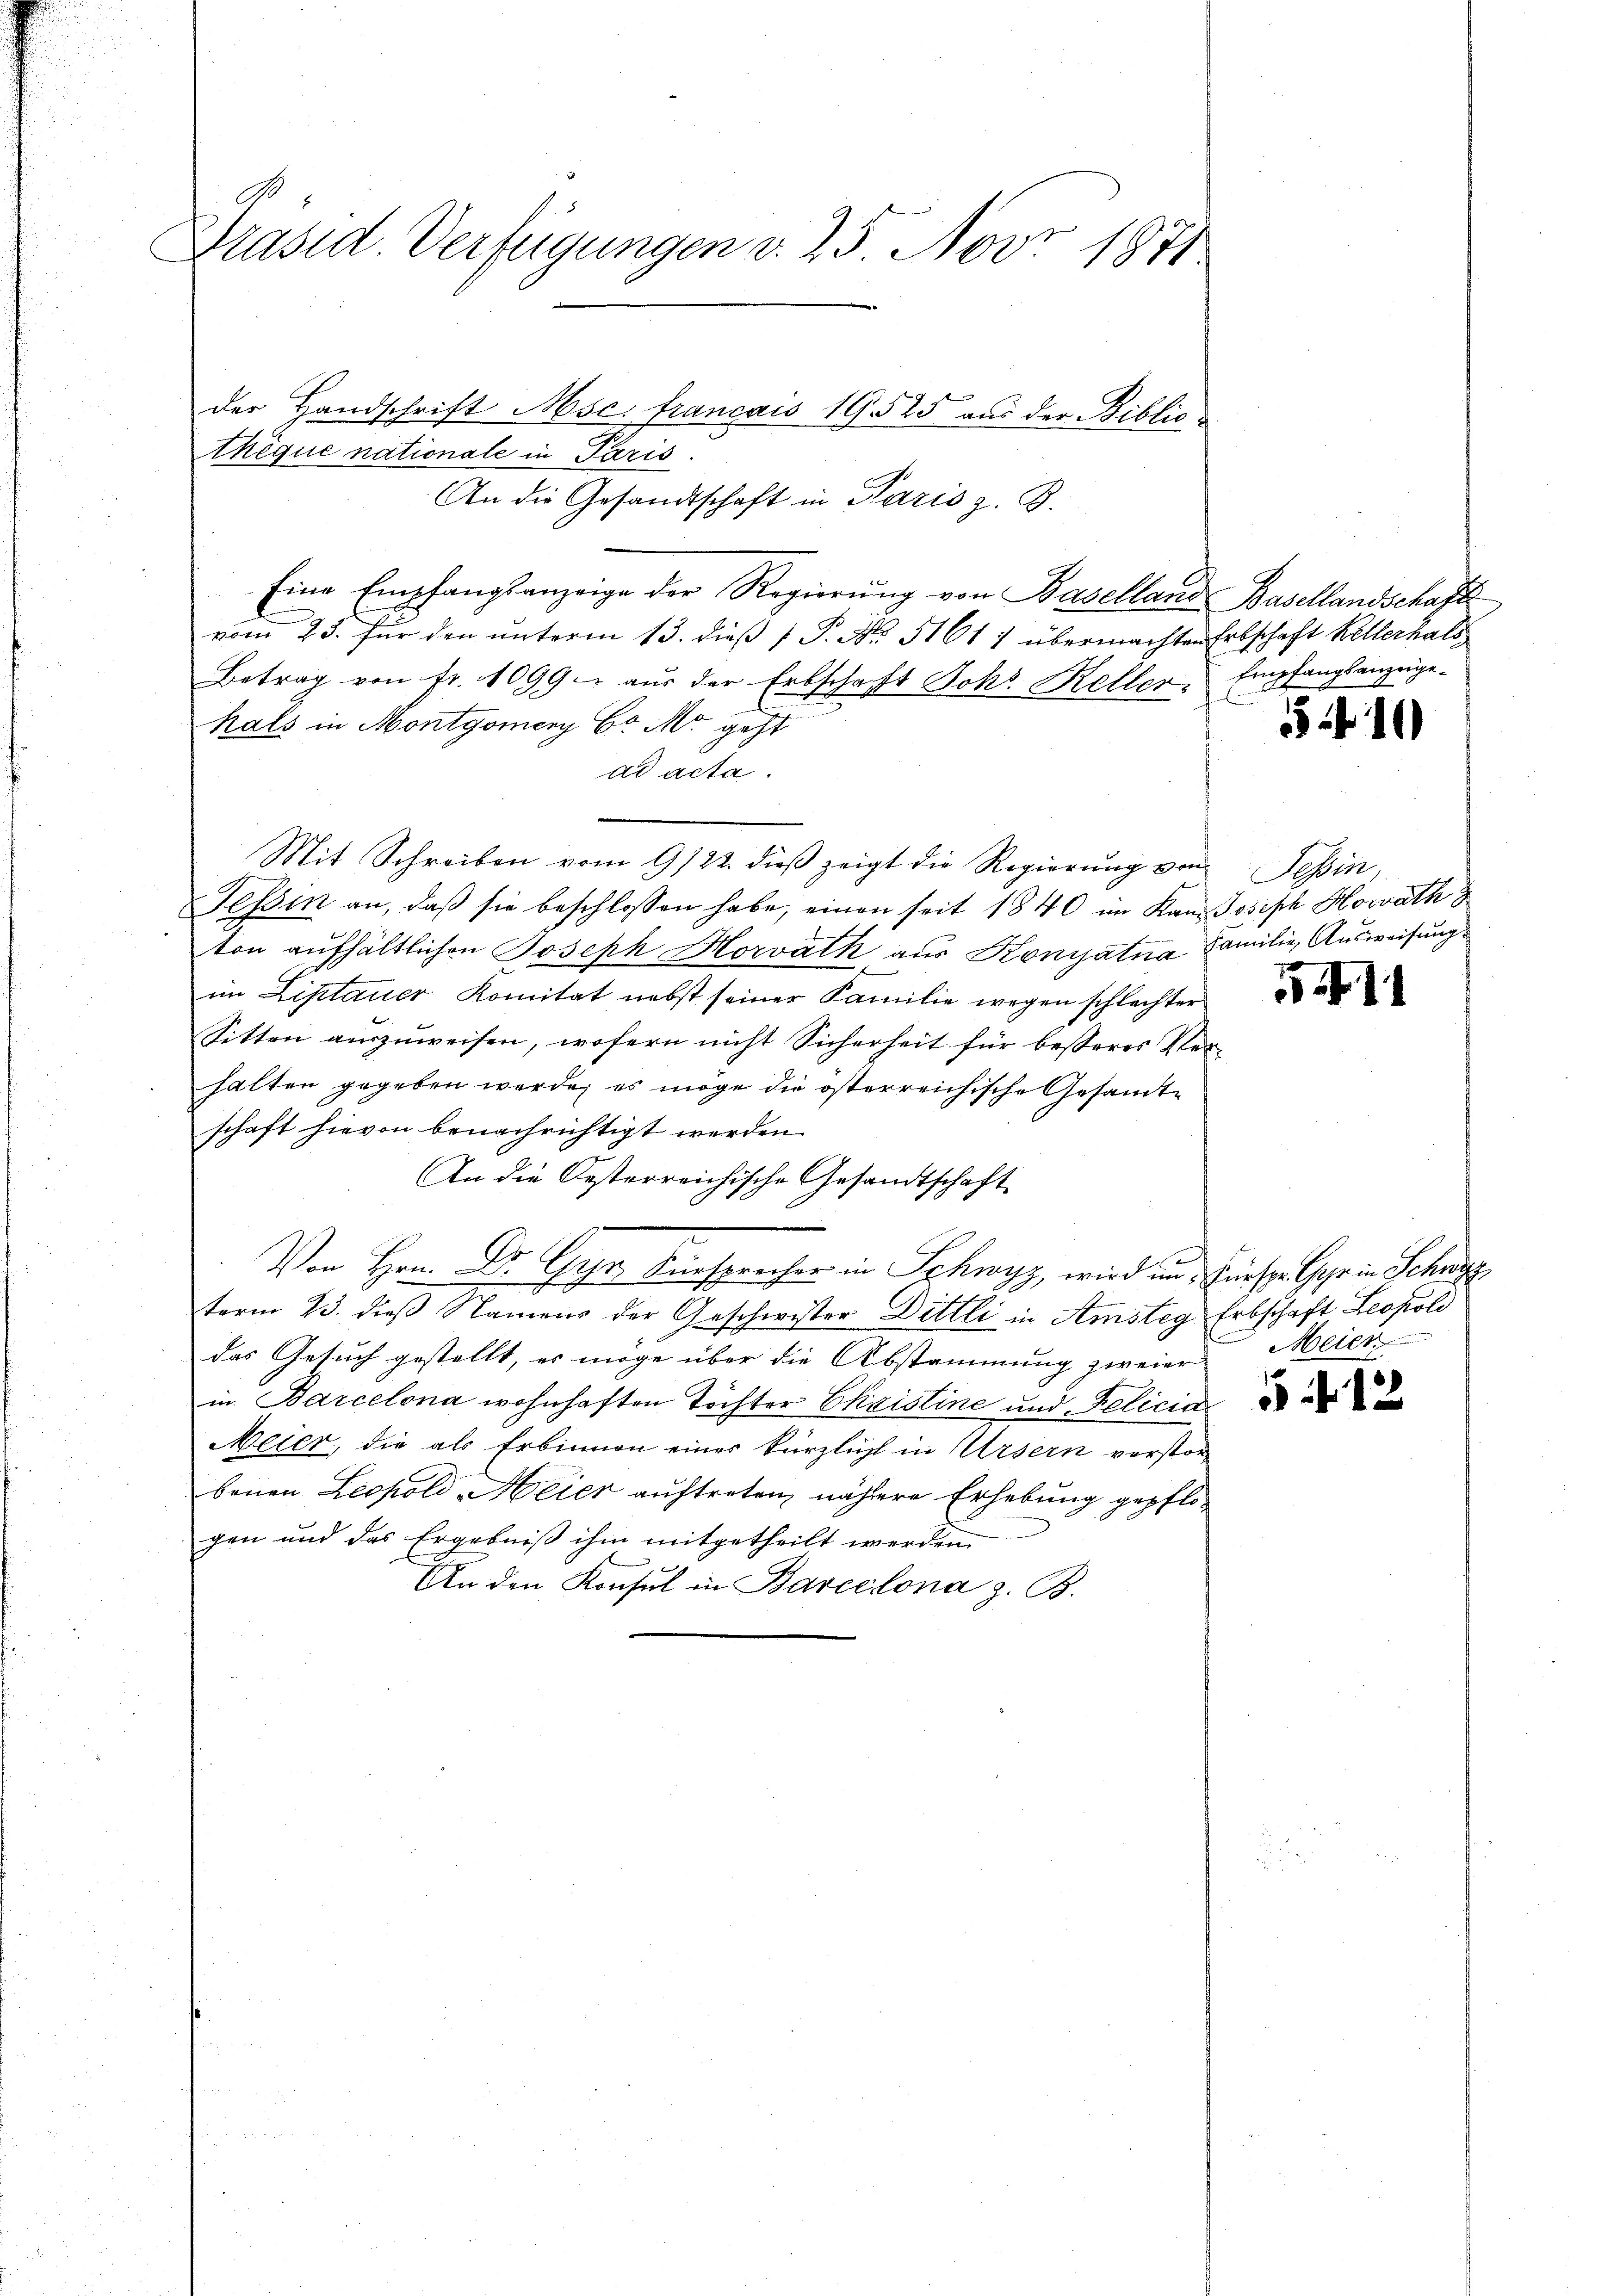
Präsid. Verfügungen v. 25. Nov. 1871

der Handschrift Msc. francais 19. 525 aus der Bibliothèque nationale in Paris.
An die Gesandtschaft in Paris z. B.
Eine Empfangsanzeige der Regierŭng von Baselland Basellandschaft
vom 23. für den ŭnterm 13. dieβ  P. Nr. 51611 übermachten Erbschaft Kellerhals
Betrag von fr. 1099. aŭs der Erbschaft Johs. Keller Empfangsanzeige-
hals in Montgomery br M. geht
ad acta.
Mit Schreiben vom 9/22. dieß zeigt die Regierung von Tessin,
Tessin an, daß sie beschlossen habe, einen seit 1840 im Kanz Joseph Horwáth
ton aufhältlichen Joseph Horwáth aus Koniatna Familie Ausweisung
im Liptauer Komitat nebst seiner Familie wegen schlechter
Sitten auszuweisen, wofern nicht Sicherheit für besseres Ver-
halten gegeben werde; es möge die österreichische Gesamte
schaft hievon benachrichtigt werden.
An die Oesterreichische Gesandtschaft
D. Fürsprecher in Schwyz, wird im Fürsor Gehe in Schanz
term 23. dieß Namens der Geschwister Dittli in Amsteg Erbschaft Leopold
das Gesuch gestellt, es möge über die Abstammung zweier Meier
in Barcelona wohnhaften Töchter Christine und Felicia
Meier, die als Erbinnen einer kürzlich in Ursern verstor-
benen Leopold Meier auftreten, nähere Erhebung gepflo-
gen und das Ergebniß ihm mitgetheilt werden
An den Konsul in Barcelona z. B.

511

11

12